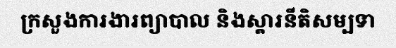
ក្រសួងការងារព្យាបាល និងស្តារនីតិសម្បទា